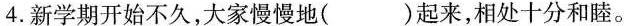
4.新学期开始不久，大家慢慢地( )起来，相处十分和睦。